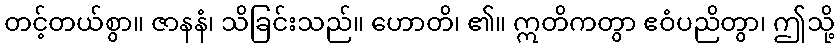
တင့်တယ်စွာ။ ဇာနနံ၊ သိခြင်းသည်။ ဟောတိ၊ ၏။ ဣတိကတွာ ဧဝံပညိတွာ၊ ဤသို့